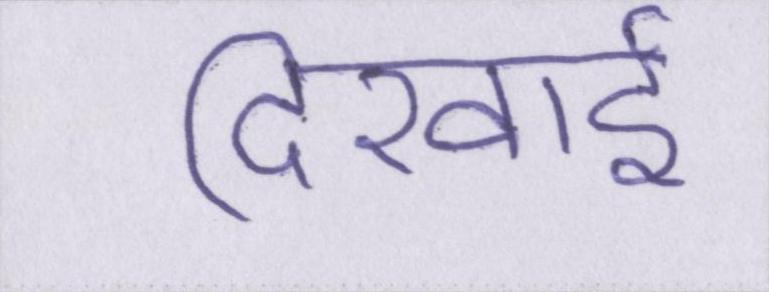
दिखाई